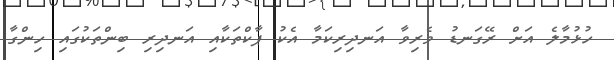
ހުޅުމާލެ އަށް ރޭގަނޑު ވެރިވާ އަނދިރިކަމާ އެކު ޕާކްތަކާއި އަނދިރި ބިންތަކުގައި ހިންގާ